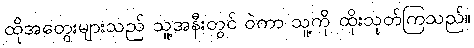
ထိုအတွေးများသည် သူ့အနီးတွင် ဝဲကာ သူ့ကို ထိုးသုတ်ကြသည်။